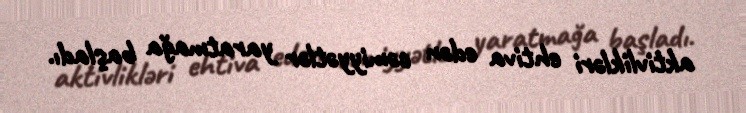
aktivlikləri ehtiva edən cəmiyyətlər yaratmağa başladı.